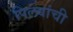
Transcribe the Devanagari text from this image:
पिलवांची